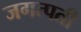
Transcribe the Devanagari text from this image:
जगत्पती